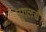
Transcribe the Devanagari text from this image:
नूगलर्स